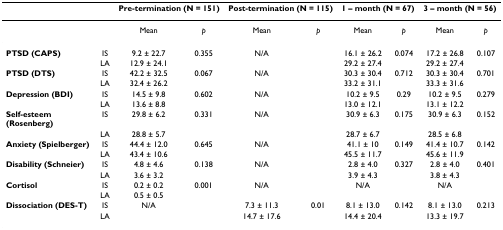
<table><thead><tr><td></td><td></td><td colspan="2"><b>Pre-termination (N = 151)</b></td><td colspan="2"><b>Post-termination (N = 115)</b></td><td colspan="2"><b>1 – month (N = 67)</b></td><td colspan="2"><b>3 – month (N = 56)</b></td></tr></thead><tbody><tr><td></td><td></td><td>Mean</td><td><i>p</i></td><td>Mean</td><td><i>p</i></td><td>Mean</td><td><i>p</i></td><td>Mean</td><td><i>p</i></td></tr><tr><td><b>PTSD (CAPS)</b></td><td>IS</td><td>9.2 ± 22.7</td><td>0.355</td><td>N/A</td><td></td><td>16.1 ± 26.2</td><td>0.074</td><td>17.2 ± 26.8</td><td>0.107</td></tr><tr><td></td><td>LA</td><td>12.9 ± 24.1</td><td></td><td></td><td></td><td>29.2 ± 27.4</td><td></td><td>29.2 ± 27.4</td><td></td></tr><tr><td><b>PTSD (DTS)</b></td><td>IS</td><td>42.2 ± 32.5</td><td>0.067</td><td>N/A</td><td></td><td>30.3 ± 30.4</td><td>0.712</td><td>30.3 ± 30.4</td><td>0.701</td></tr><tr><td></td><td>LA</td><td>32.4 ± 26.2</td><td></td><td></td><td></td><td>33.2 ± 31.1</td><td></td><td>33.3 ± 31.6</td><td></td></tr><tr><td><b>Depression (BDI)</b></td><td>IS</td><td>14.5 ± 9.8</td><td>0.602</td><td>N/A</td><td></td><td>10.2 ± 9.5</td><td>0.29</td><td>10.2 ± 9.5</td><td>0.279</td></tr><tr><td></td><td>LA</td><td>13.6 ± 8.8</td><td></td><td></td><td></td><td>13.0 ± 12.1</td><td></td><td>13.1 ± 12.2</td><td></td></tr><tr><td><b>Self-esteem (Rosenberg)</b></td><td>IS</td><td>29.8 ± 6.2</td><td>0.331</td><td>N/A</td><td></td><td>30.9 ± 6.3</td><td>0.175</td><td>30.9 ± 6.3</td><td>0.152</td></tr><tr><td></td><td>LA</td><td>28.8 ± 5.7</td><td></td><td></td><td></td><td>28.7 ± 6.7</td><td></td><td>28.5 ± 6.8</td><td></td></tr><tr><td><b>Anxiety (Spielberger)</b></td><td>IS</td><td>44.4 ± 12.0</td><td>0.645</td><td>N/A</td><td></td><td>41.1 ± 10</td><td>0.149</td><td>41.4 ± 10.7</td><td>0.142</td></tr><tr><td></td><td>LA</td><td>43.4 ± 10.6</td><td></td><td></td><td></td><td>45.5 ± 11.7</td><td></td><td>45.6 ± 11.9</td><td></td></tr><tr><td><b>Disability (Schneier)</b></td><td>IS</td><td>4.8 ± 4.6</td><td>0.138</td><td>N/A</td><td></td><td>2.8 ± 4.0</td><td>0.327</td><td>2.8 ± 4.0</td><td>0.401</td></tr><tr><td></td><td>LA</td><td>3.6 ± 3.2</td><td></td><td></td><td></td><td>3.9 ± 4.3</td><td></td><td>3.8 ± 4.3</td><td></td></tr><tr><td><b>Cortisol</b></td><td>IS</td><td>0.2 ± 0.2</td><td>0.001</td><td>N/A</td><td></td><td>N/A</td><td></td><td>N/A</td><td></td></tr><tr><td></td><td>LA</td><td>0.5 ± 0.5</td><td></td><td></td><td></td><td></td><td></td><td></td><td></td></tr><tr><td><b>Dissociation (DES-T)</b></td><td>IS</td><td>N/A</td><td></td><td>7.3 ± 11.3</td><td>0.01</td><td>8.1 ± 13.0</td><td>0.142</td><td>8.1 ± 13.0</td><td>0.213</td></tr><tr><td></td><td>LA</td><td></td><td></td><td>14.7 ± 17.6</td><td></td><td>14.4 ± 20.4</td><td></td><td>13.3 ± 19.7</td><td></td></tr></tbody></table>